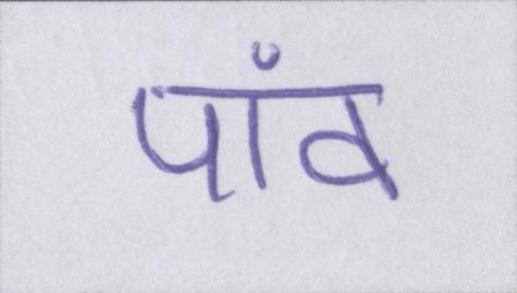
पांव